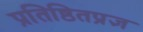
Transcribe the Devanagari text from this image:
प्रतिष्ठितप्रज्ञ